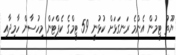
ޔޫތު ޓީމުން އެންމެ ރަނގަޅަށް ކުޅުނީ 59 ޓީމްގެ ކެޕްޓަން މިހުސާން ހާމިދާއި